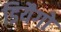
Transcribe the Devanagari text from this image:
डियैगो